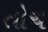
તોચ